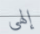
إلهي